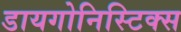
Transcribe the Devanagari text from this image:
डायगोनिस्टिक्‍स